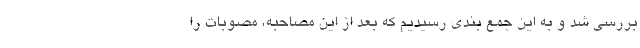
بررسی شد و به این جمع بندی رسیدیم که بعد از این مصاحبه، مصوبات را